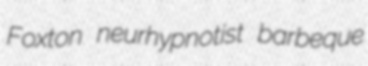
Foxton neurhypnotist barbeque